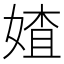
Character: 㜁